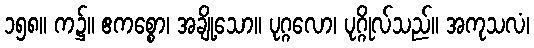
၁၅၈။ က၌။ ဧကစ္စော၊ အချို့သော။ ပုဂ္ဂလော၊ ပုဂ္ဂိုလ်သည်။ အကုသလံ၊